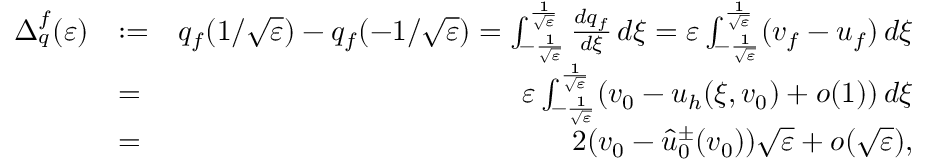
\begin{array} { r l r } { \Delta _ { q } ^ { f } ( \varepsilon ) } & { : = } & { q _ { f } ( 1 / \sqrt \varepsilon ) - q _ { f } ( - 1 / \sqrt \varepsilon ) = \int _ { - \frac 1 { \sqrt \varepsilon } } ^ { \frac 1 { \sqrt \varepsilon } } \frac { d q _ { f } } { d \xi } \, d \xi = \varepsilon \int _ { - \frac 1 { \sqrt \varepsilon } } ^ { \frac 1 { \sqrt \varepsilon } } ( v _ { f } - u _ { f } ) \, d \xi } \\ & { = } & { \varepsilon \int _ { - \frac 1 { \sqrt \varepsilon } } ^ { \frac 1 { \sqrt \varepsilon } } ( v _ { 0 } - u _ { h } ( \xi , v _ { 0 } ) + o ( 1 ) ) \, d \xi } \\ & { = } & { 2 ( v _ { 0 } - \widehat { u } _ { 0 } ^ { \pm } ( v _ { 0 } ) ) \sqrt \varepsilon + o ( \sqrt \varepsilon ) , } \end{array}